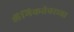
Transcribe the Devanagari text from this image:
लैंगिकतेवरच्या